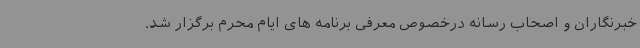
خبرنگاران و اصحاب رسانه درخصوص معرفی برنامه های ایام محرم برگزار شد.